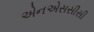
એનએસસીસી